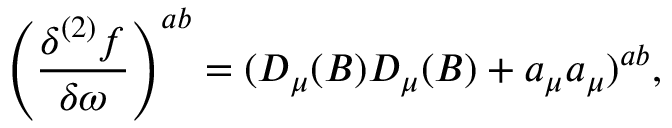
\left( \frac { \delta ^ { ( 2 ) } f } { \delta \omega } \right) ^ { a b } = ( D _ { \mu } ( B ) D _ { \mu } ( B ) + a _ { \mu } a _ { \mu } ) ^ { a b } ,